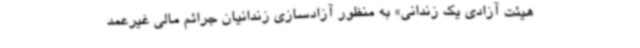
هیئت آزادی یک زندانی» به منظور آزادسازی زندانیان جرائم مالی غیرعمد